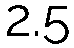
2.5